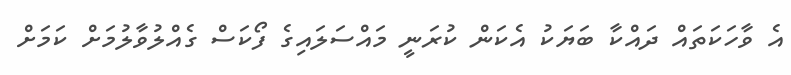
އެ ވާހަކަތައް ދައްކާ ބަޔަކު އެކަން ކުރަނީ މައްސަލައިގެ ފޯކަސް ގެއްލުވާލުމަށް ކަމަށް